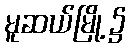
မူဆယ်မြို့၌